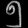
Digit: ၅